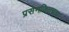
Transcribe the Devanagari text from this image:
प्रसेनजितचचा